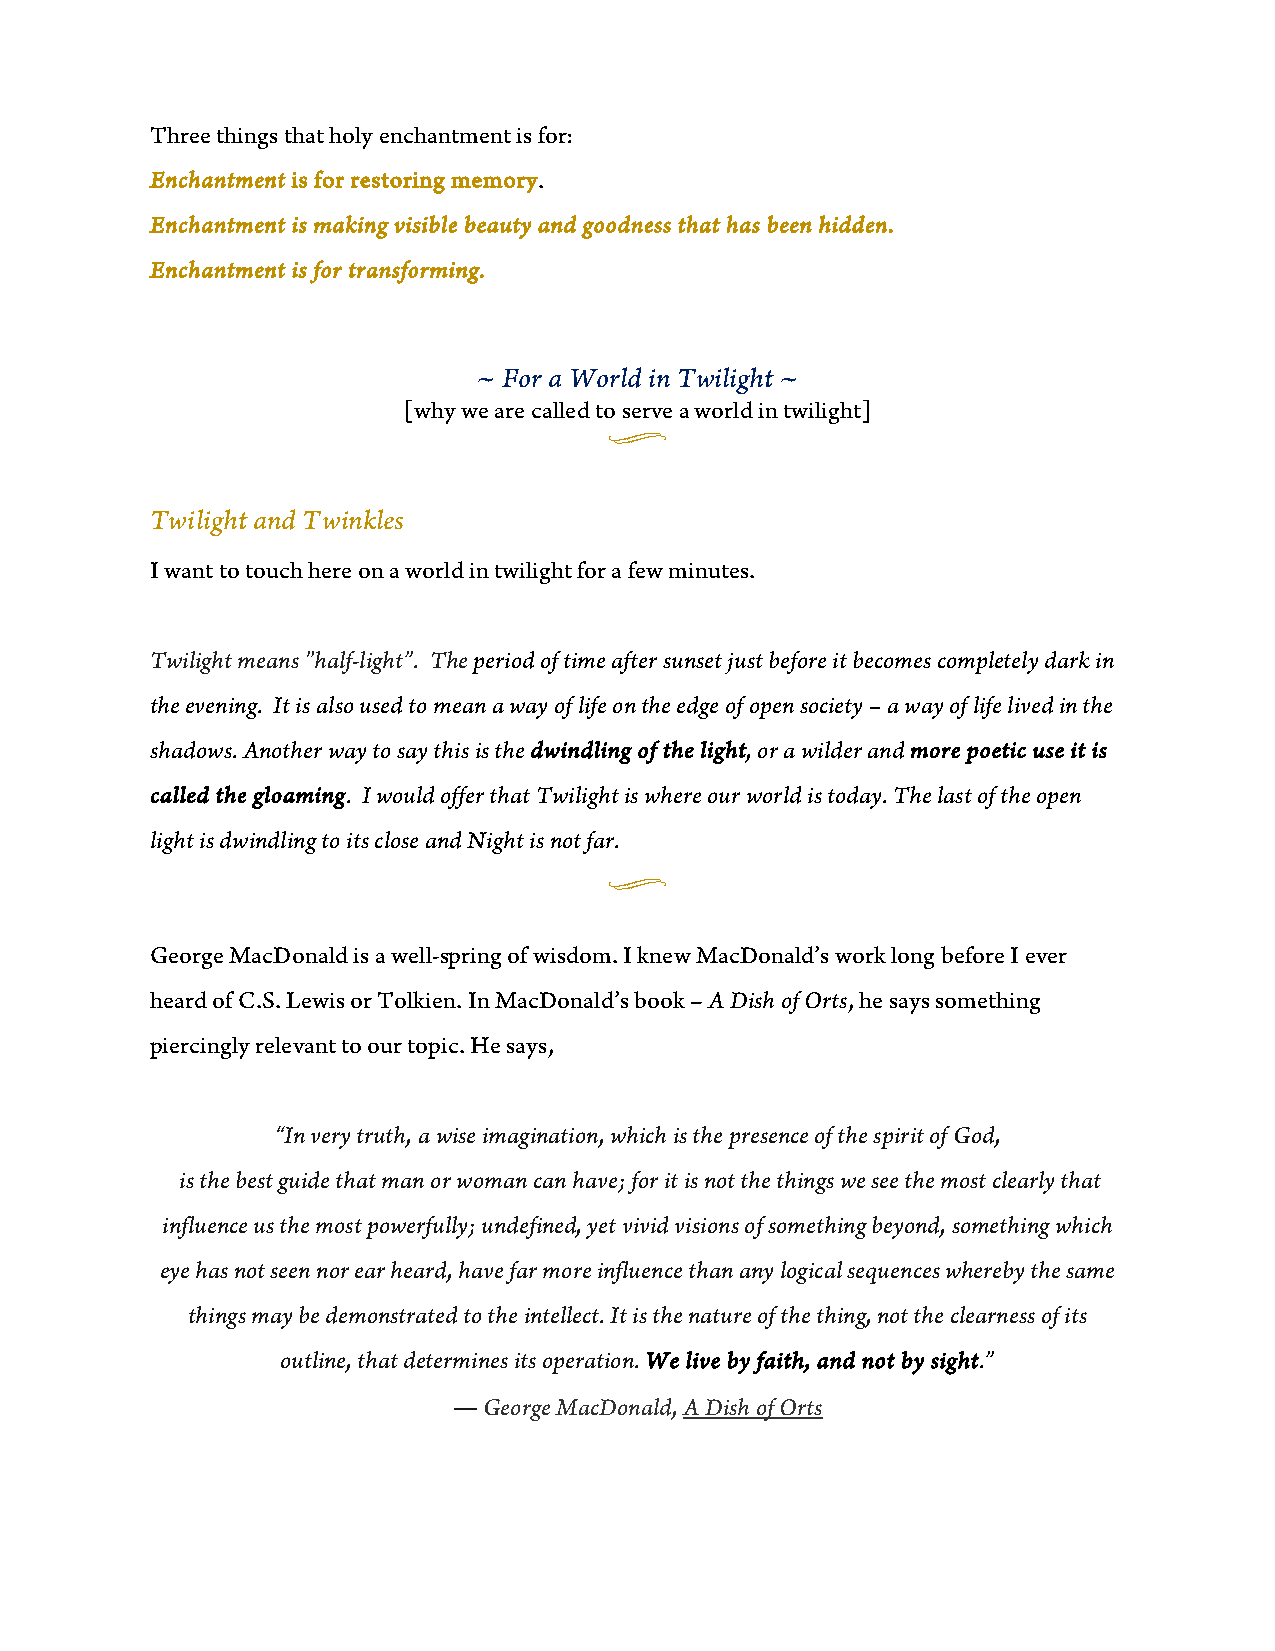
Three things that holy enchantment is for:
 Enchantment is for restoring memory.
 Enchantment is making visible beauty and goodness that has been hidden.
 Enchantment is for transforming.
 ~ For a World in Twilight ~
 [why we are called to serve a world in twilight]
 u
 Twilight and Twinkles
 I want to touch here on a world in twilight for a few minutes.
 Twilight means "half-light”. The period of time after sunset just before it becomes completely dark in
 the evening. It is also used to mean a way of life on the edge of open society – a way of life lived in the
 shadows. Another way to say this is the dwindling of the light, or a wilder and more poetic use it is
 called the gloaming. I would offer that Twilight is where our world is today. The last of the open
 light is dwindling to its close and Night is not far.
 u
 George MacDonald is a well-spring of wisdom. I knew MacDonald’s work long before I ever
 heard of C.S. Lewis or Tolkien. In MacDonald’s book – A Dish of Orts, he says something
 piercingly relevant to our topic. He says,
 “In very truth, a wise imagination, which is the presence of the spirit of God,
 is the best guide that man or woman can have; for it is not the things we see the most clearly that
 influence us the most powerfully; undefined, yet vivid visions of something beyond, something which
 eye has not seen nor ear heard, have far more influence than any logical sequences whereby the same
 things may be demonstrated to the intellect. It is the nature of the thing, not the clearness of its
 outline, that determines its operation. We live by faith, and not by sight.”
 ― George MacDonald, A Dish of Orts